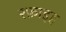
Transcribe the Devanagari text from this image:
रफ़ाइह